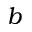
b